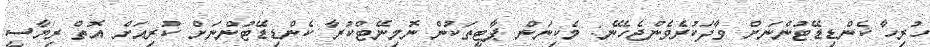
ހުރިހާ ކެންޑިޑޭޓުންނަށް ވާދަކުރެވެންޖެހޭނެ: މެކިނަން ޕާޓީތަކުން ނޮމިނޭޓްކުރާ ކެންޑިޑޭޓުންނަށް ކުރިއަށް އޮތް ރިޔާސީ